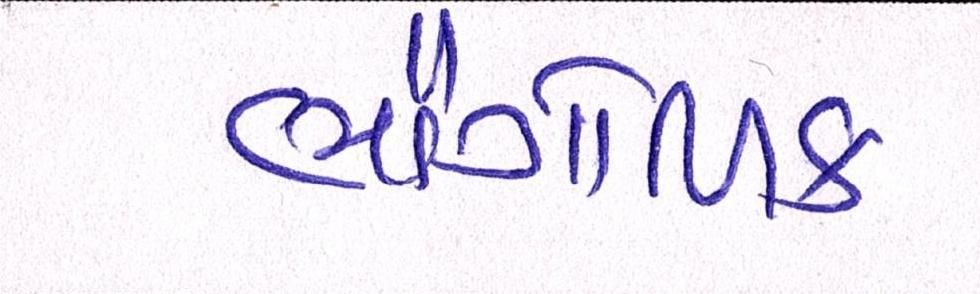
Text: ભૌગોળિક